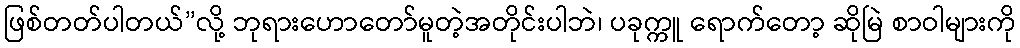
ဖြစ်တတ်ပါတယ်”လို့ ဘုရားဟောတော်မူတဲ့အတိုင်းပါဘဲ၊ ပခုက္ကူ ရောက်တော့ ဆိုမြဲ စာဝါများကို